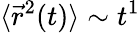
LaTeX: \langle{\vec{r}}^{2}(t)\rangle\sim t^{1}